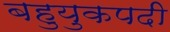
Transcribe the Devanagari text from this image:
बहुयुकपदी